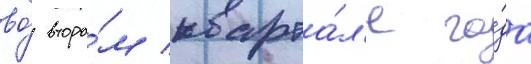
во́ второ́м кварта́л'е го́да